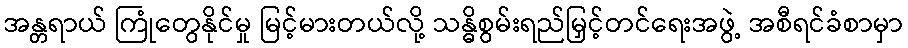
အန္တရာယ် ကြုံတွေနိုင်မှု မြင့်မားတယ်လို့ သန္ဓိစွမ်းရည်မြှင့်တင်ရေးအဖွဲ့ အစီရင်ခံစာမှာ